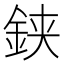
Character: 𨦇